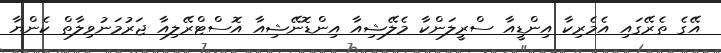
އޭގެ ތެރޭގައި އެމެރިކާ އިންޑީއާ ސްރީލަންކާ މެލޭޝިއާ އިންޑޮނޭޝިއާ އޮސްޓްރޭލިއާ ޖަރުމަނުވިލާތް ކެންޔާ